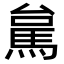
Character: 𮩻